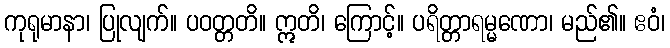
ကုရုမာနာ၊ ပြုလျက်။ ပဝတ္တတိ။ ဣတိ၊ ကြောင့်။ ပရိတ္တာရမ္မဏော၊ မည်၏။ ဧဝံ၊